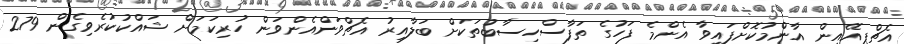
އެޗްޕީއޭއިން އާންމުކޮށްފައިވާ އެންމެ ފަހުގެ ތަފާސްހިސާބުތަކަށް ބަލާއިރު އެޗްވަންއެންވަން ހުރިކަމަށް ޝައްކުކުރެވިގެން 279